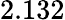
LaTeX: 2.132